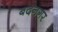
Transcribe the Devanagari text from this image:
बदनगर